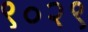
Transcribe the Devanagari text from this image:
९०२९